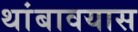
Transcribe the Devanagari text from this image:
थांबावयास